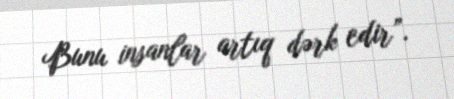
Bunu insanlar artıq dərk edir”.